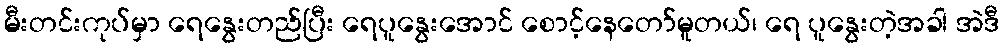
မီးတင်းကုပ်မှာ ရေနွေးတည်ပြီး ရေပူနွေးအောင် စောင့်နေတော်မူတယ်၊ ရေ ပူနွေးတဲ့အခါ အဲဒီ